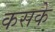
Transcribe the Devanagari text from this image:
कसके